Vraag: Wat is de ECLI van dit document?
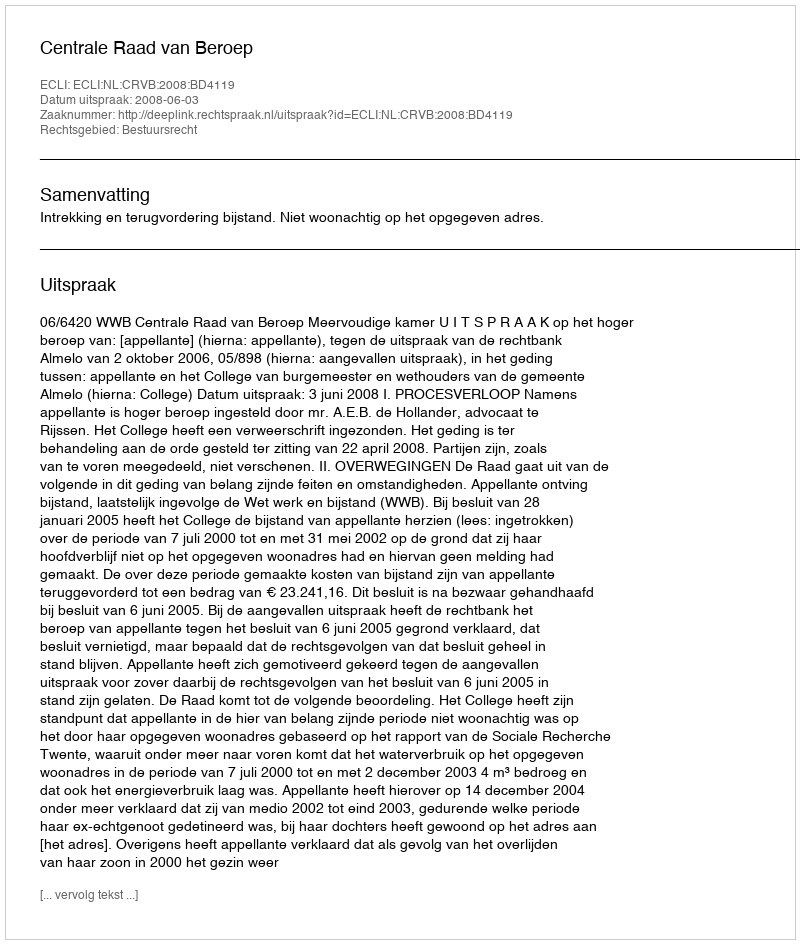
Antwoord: ECLI:NL:CRVB:2008:BD4119